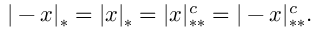
| - x | _ { * } = | x | _ { * } = | x | _ { * * } ^ { c } = | - x | _ { * * } ^ { c } .